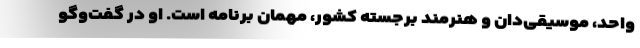
واحد، موسیقی‌دان و هنرمند برجسته کشور، مهمان برنامه است. او در گفت‌وگو